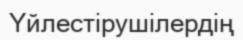
Үйлестірушілердің